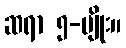
ဆရာ ၅-မျိုး။